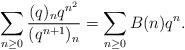
LaTeX: \begin{align*}\sum_{n\ge0}\frac{(q)_nq^{n^2}}{(q^{n+1})_{n}}=\sum_{n\ge0}B(n)q^n.\end{align*}